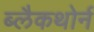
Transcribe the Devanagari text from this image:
ब्लैकथोर्न